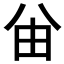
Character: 𠔍